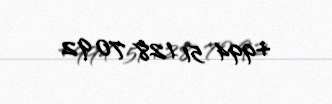
+994 51 128 70 92